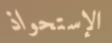
الإستحواذ